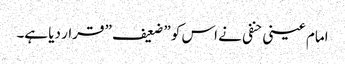
امام عینی حنفی نے اس کو ” ضعیف ” قرار دیا ہے۔